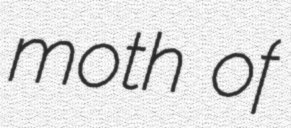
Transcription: moth of